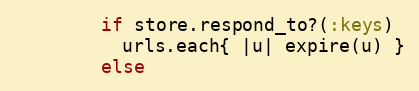
Language: Ruby
        if store.respond_to?(:keys)
          urls.each{ |u| expire(u) }
        else